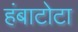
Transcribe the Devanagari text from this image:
हंबाटोटा